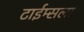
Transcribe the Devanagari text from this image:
टाईम्सला